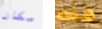
مكان هذه